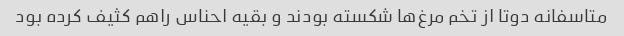
متاسفانه دوتا از تخم مرغ‌ها شکسته بودند و بقیه احناس راهم کثیف کرده بود